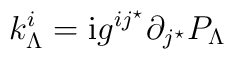
k^i_{\Lambda} = {\rm {i}}g^{ij^\star} \partial_{j^\star}P_{\Lambda}